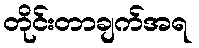
တိုင်းတာချက်အရ